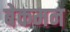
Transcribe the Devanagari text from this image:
बेकमन